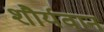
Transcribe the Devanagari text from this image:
शौर्यवान